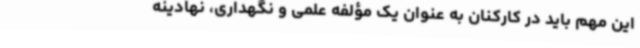
این مهم باید در کارکنان به عنوان یک مؤلفه علمی و نگهداری، نهادینه